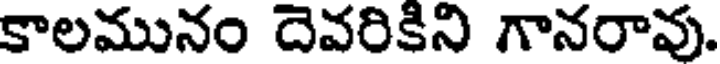
కాలమునం దెవరికిని గానరావు.